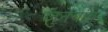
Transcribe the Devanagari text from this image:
जुनेगांव